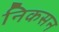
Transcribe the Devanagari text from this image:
निकसन